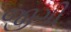
જીગી